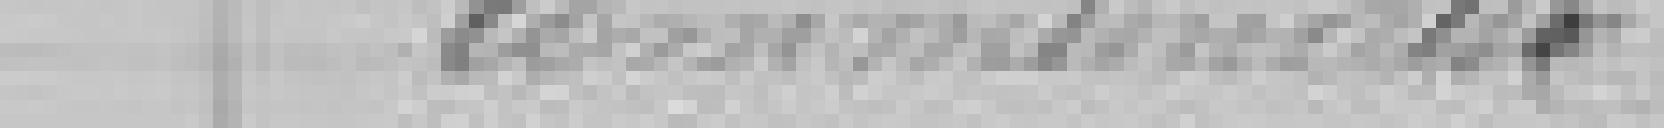
communaux